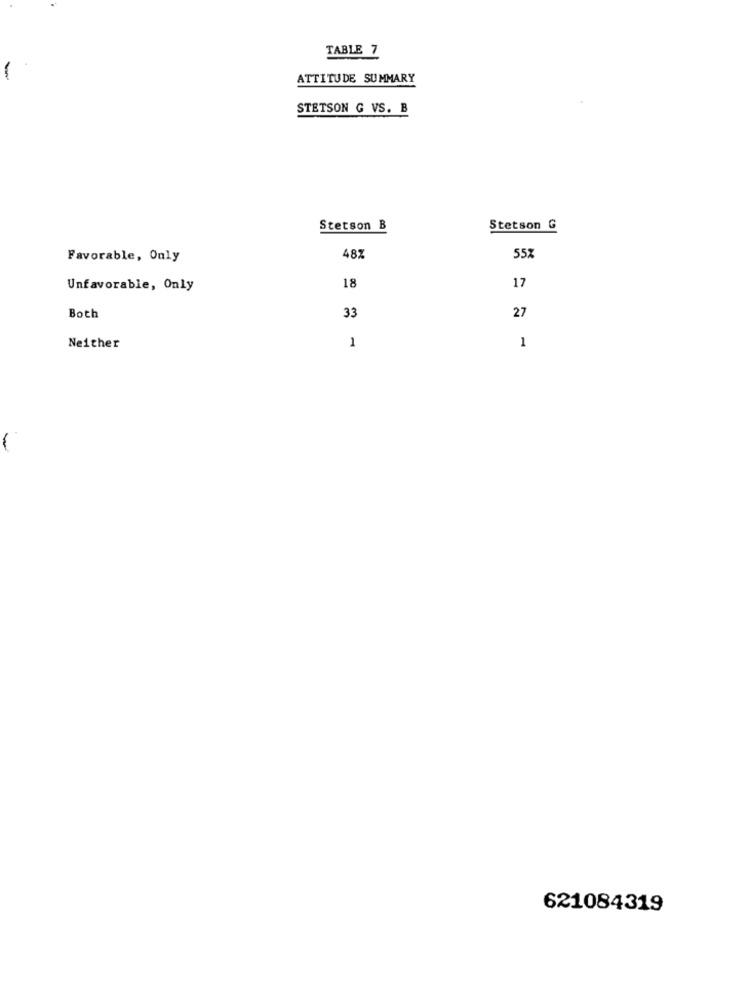
TABLE 7
ATTITUDE SUMMARY
STETSON G VS. B
Stetson B
Stetson G
Favorable, Only
487
55%
Unfavorable, Only
18
17
Both
33
27
1
Neither
1
-
621084319